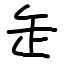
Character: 𦈢